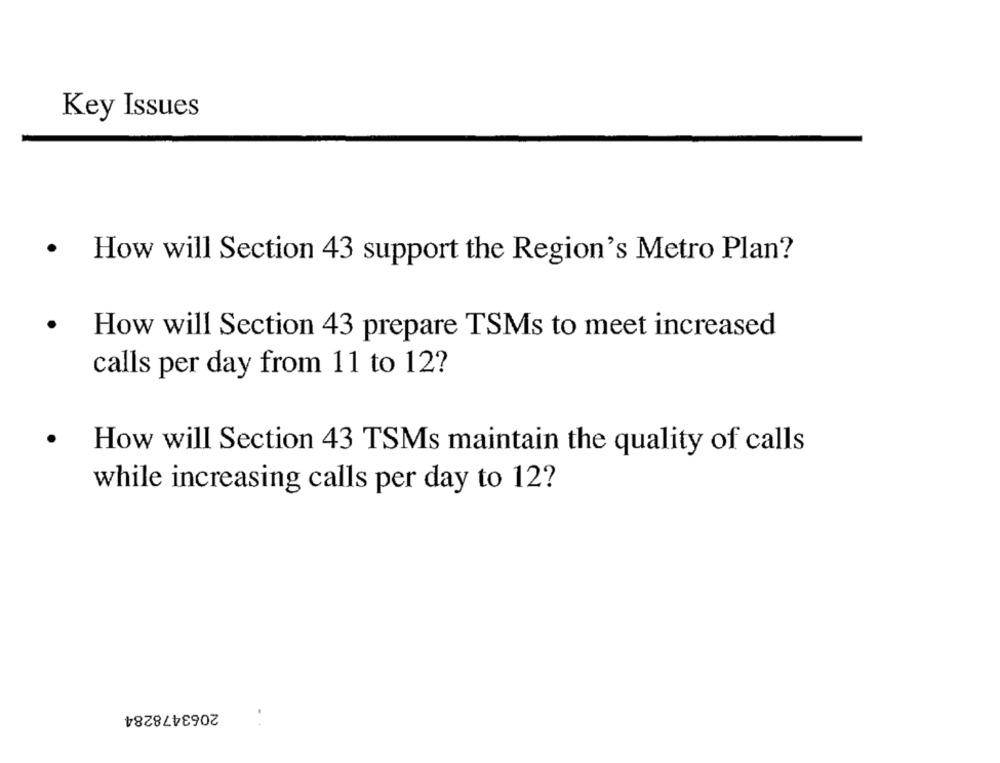
Key Issues
.
How will Section 43 support the Region's Metro Plan?
.
How will Section 43 prepare TSMs to meet increased
calls per day from 11 to 12?
How will Section 43 TSMs maintain the quality of calls
while increasing calls per day to 12?
2063478284